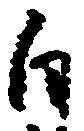
自